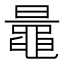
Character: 鼂